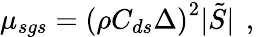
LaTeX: \mu_{sgs}=\left(\rho C_{ds}\Delta\right)^{2}|\tilde{S}|\, \mathrm{~,~}